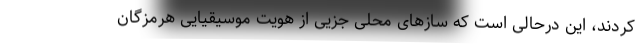
کردند، این درحالی است که سازهای محلی جزیی از هویت موسیقیایی هرمزگان